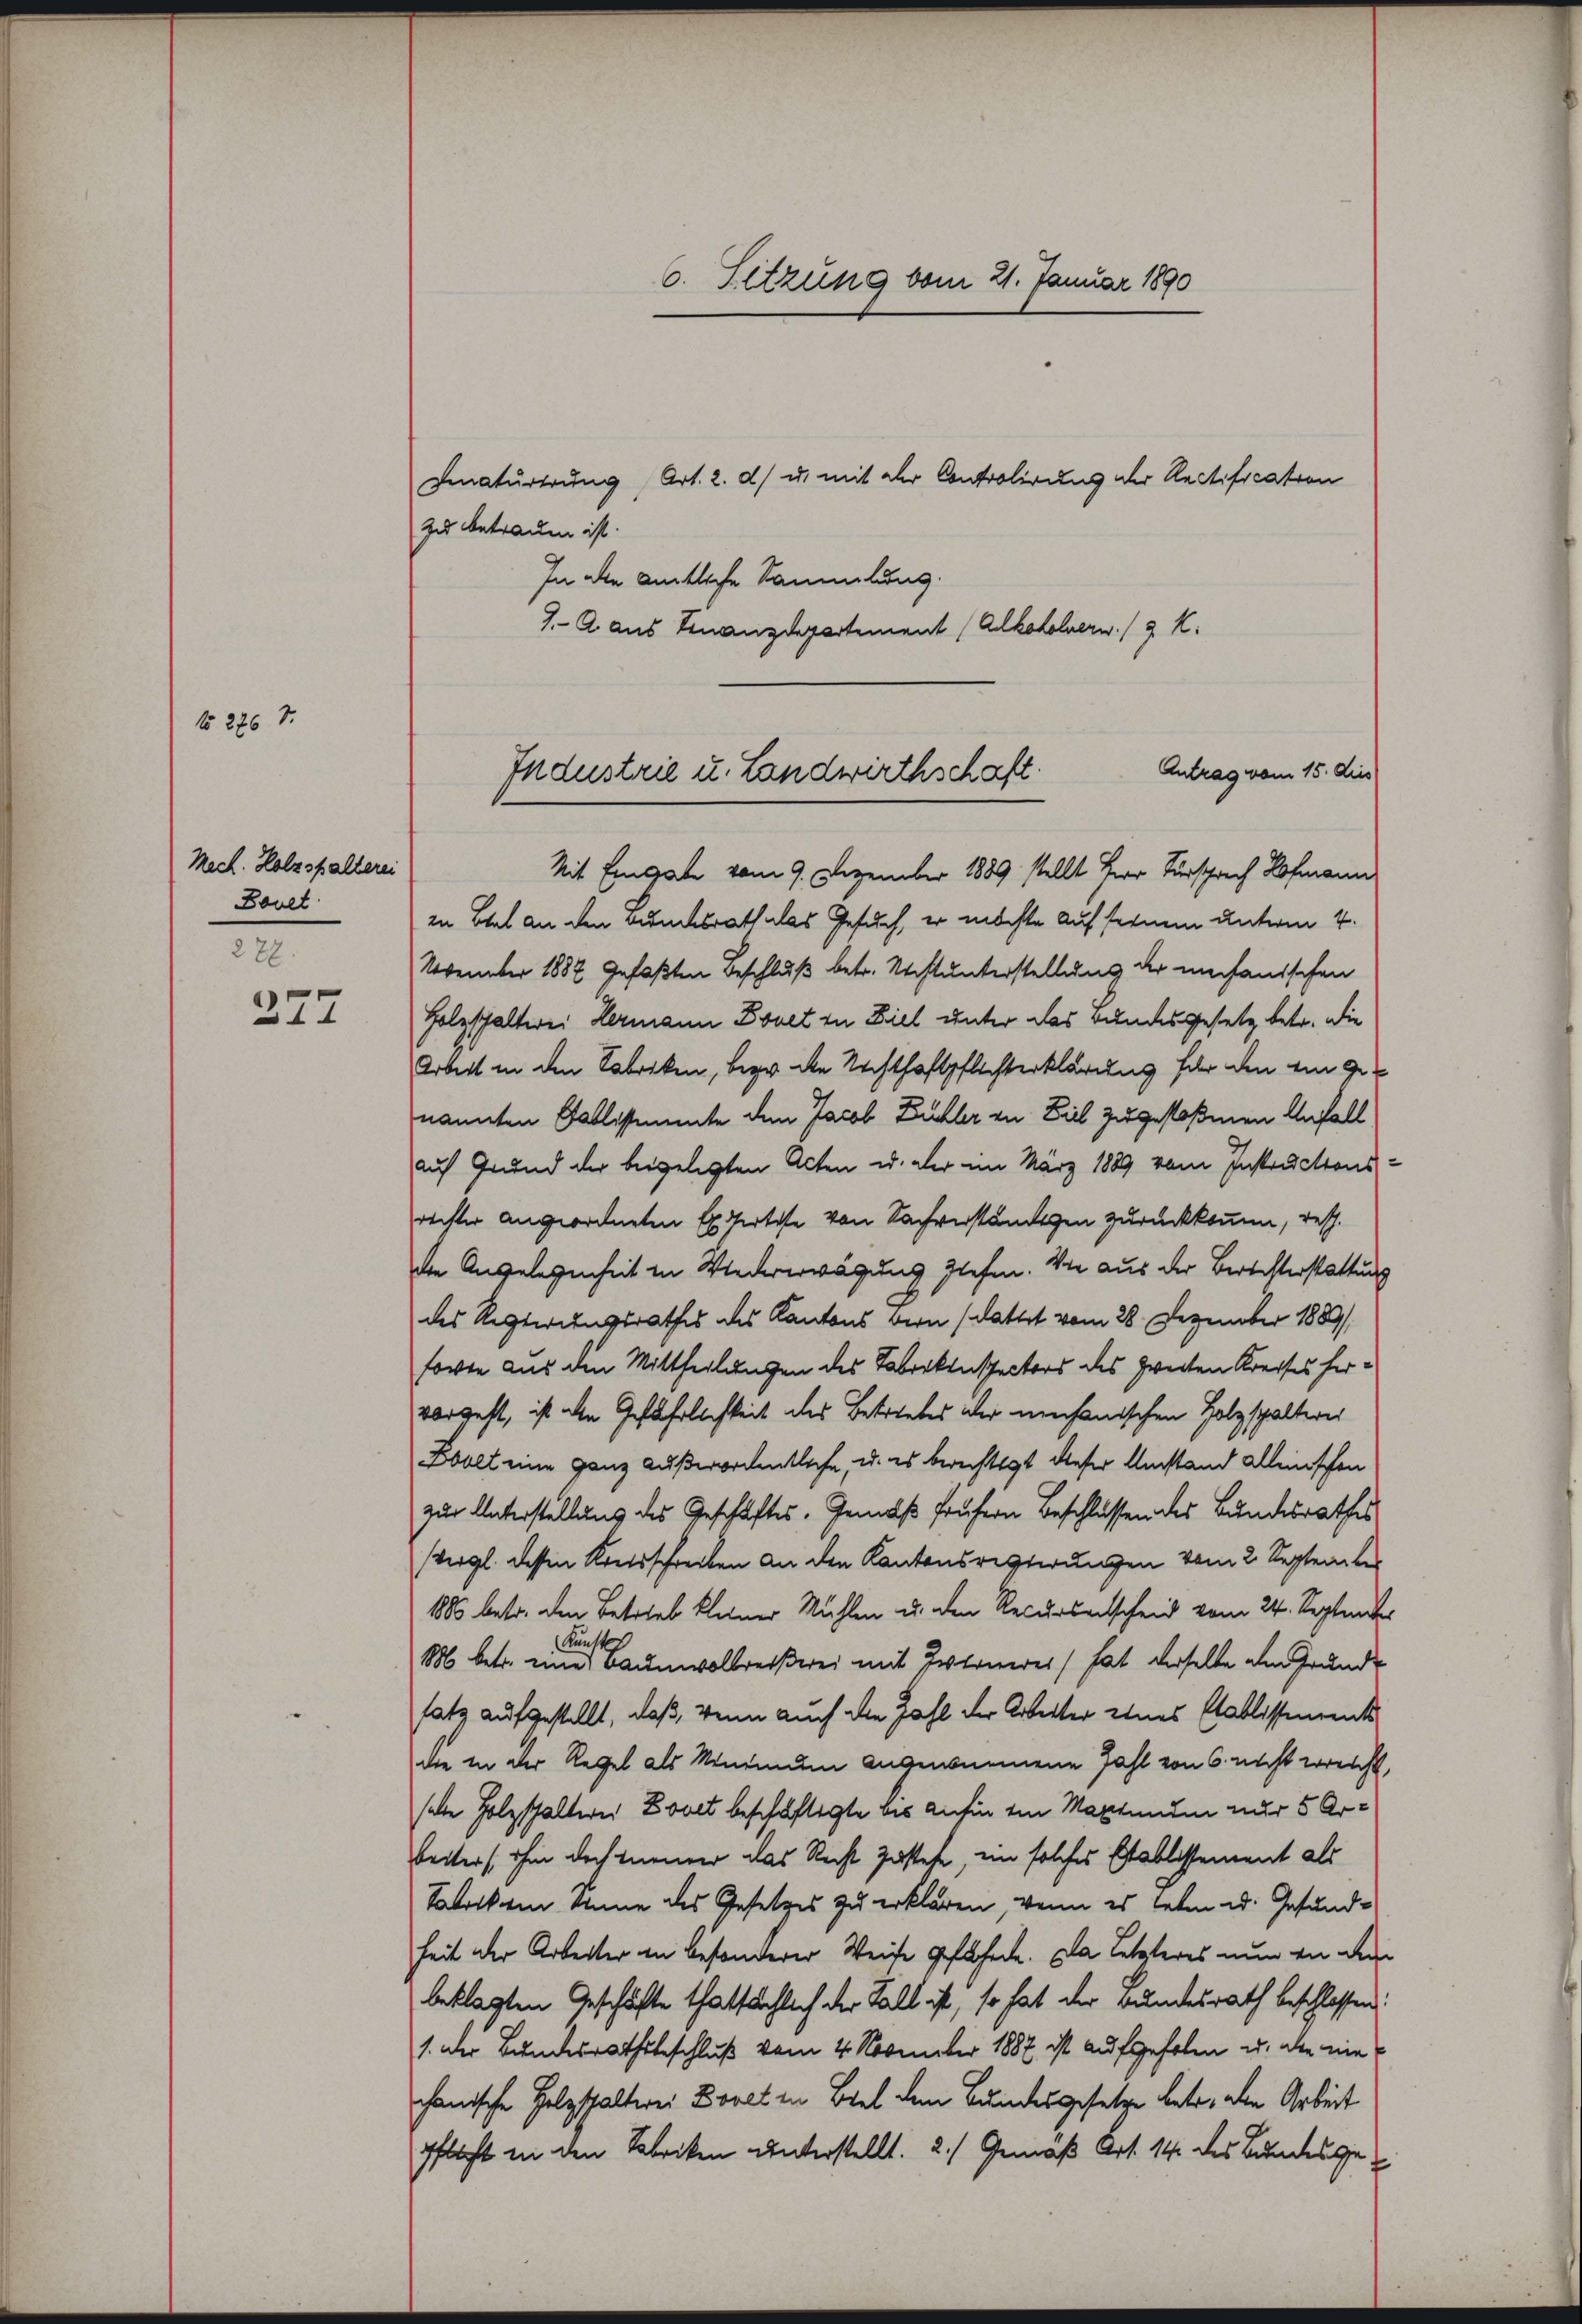
Mach. Holzspalterei
Bonet
272.

f 276 x

227

6. Setzung vom 21. Januar 1890

Einaturerung, Art. 2. d) u. mit der Controlirung der Rectification
zu betrauen ist.
In die amtliche Sammlung.
J. A. aus Finanzdepartement (Alkoholnerw. / K.

Antrag vom 15. dies
Industrie u. Landwirthschaft.

Mit Eingabe vom 9. Dezember 1889 stellt Herr Fürsprech Hofman
in Biel an den Buchsrath als Gesuch, er möchte auf feinem unterm 4.
November 1882 gefaßten Beschluß betr. Rechtunterstellung der mechanischen
Holzschalterei Hermann Bonet zu Ziel unter das Bundesgesetz betr. die
Arbeit in den Fabriken, bezw. die Rechthaftpflichterklärung für den ein genannten Fallistimmte den Jacob Bühler in Biel zugestoßenen Anfall
auf Grund der beigelegten Acten u. der im März 1889 vom Instructionsrechter angeordneten Expertise von Sachverständigen zurückkommen, resp.
die Angelegenheit in Wiedererwägung ziehen. Wie aus der Berichterstattung
des Regierungsrathes des Kantons Bern (dattet vom 28. Dezember 1889/
forte aus den Mittheilungen des Fabrikinspectors des zweiten Kreises hervorgeht, ist die Gefährlichkeit des Betriebes der mechanischen Holzspalteres
Bovet eine ganz außerordentliche, u. es berechtigt dieser Umstand alleinschen
zur Unterstellung des Geschäftes. Gemäß frühern Beschlüssen des Bundesrathes
Vergl. dessen Kreisschrecken an den Kantonsregierungen vom 2. September
1885 betr. den Betrieb kleiner Mühlen u. den Recursentscheid vom 24. September
Kunst
886 betr. eine Baumwollreißerei mit Zwirneres, hat derselbe am Grunde
satz aufgestellt, daß, wenn auch die Zahl der Arbeiter eines Stablissements
die in der Regel als Semindem angenommene Zahl von 6. nicht erreicht,
salle Holzschalteres Bovet beschäftigte bis anfin im Maximum nur 5 Arbeiters ihm doch einer das Recht zustehe, ein solches Etablissement als
Tatock ein könne des Gesetzes zu erklären, wenn es leben u. Gesundheit der Arbeiter in besonderer Weise geführte. Da letzteres nun an dem
beklagten Geschäfte thatsächlich der Fall ist, so hat der Bundesrath beschlossen:
1. Der Bundesrathsbeschluß vom 4. November 1887 ist aufgeholen u. alle ein
chanische Holzschalterei Borel in Biel dem Bundesgesetze betr. den Arbeit
Pflast in den Fabriken unterstellt. 2.) Gemäß Art. 14 des Bundesge¬